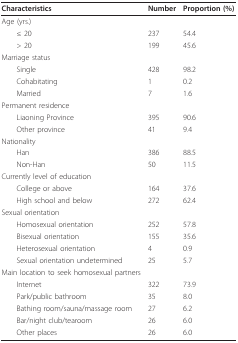
| Characteristics | Number | Proportion (%) |
 | --- | --- | --- |
 | Age (yrs.) |  |  |
 | ≤ 20 | 237 | 54.4 |
 | > 20 | 199 | 45.6 |
 | Marriage status |  |  |
 | Single | 428 | 98.2 |
 | Cohabitating | 1 | 0.2 |
 | Married | 7 | 1.6 |
 | Permanent residence |  |  |
 | Liaoning Province | 395 | 90.6 |
 | Other province | 41 | 9.4 |
 | Nationality |  |  |
 | Han | 386 | 88.5 |
 | Non-Han | 50 | 11.5 |
 | Currently level of education |  |  |
 | College or above | 164 | 37.6 |
 | High school and below | 272 | 62.4 |
 | Sexual orientation |  |  |
 | Homosexual orientation | 252 | 57.8 |
 | Bisexual orientation | 155 | 35.6 |
 | Heterosexual orientation | 4 | 0.9 |
 | Sexual orientation undetermined | 25 | 5.7 |
 | Main location to seek homosexual partners |  |  |
 | Internet | 322 | 73.9 |
 | Park/public bathroom | 35 | 8.0 |
 | Bathing room/sauna/massage room | 27 | 6.2 |
 | Bar/night club/tearoom | 26 | 6.0 |
 | Other places | 26 | 6.0 |